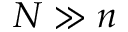
N \gg n